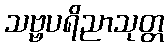
သဗ္ဗပရိညာသုတ္တ